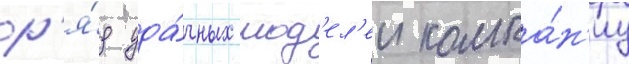
р'я́д уда́чных мод'ел'еи компа́н'иу